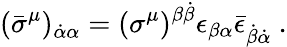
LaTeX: (\bar{\sigma}^{\mu})_{\dot{\alpha}\alpha}=(\sigma^{\mu})^{\beta\dot{\beta}}\epsilon_{\beta\alpha}\bar{\epsilon}_{\dot{\beta}\dot{\alpha}}~.